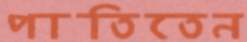
পাতিতেন